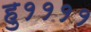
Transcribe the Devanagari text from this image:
हु११११